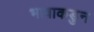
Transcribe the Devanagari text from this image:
भावाकडुन